Vaccination in Bombay 1856-1862 - 1856-1862
Year: 1856
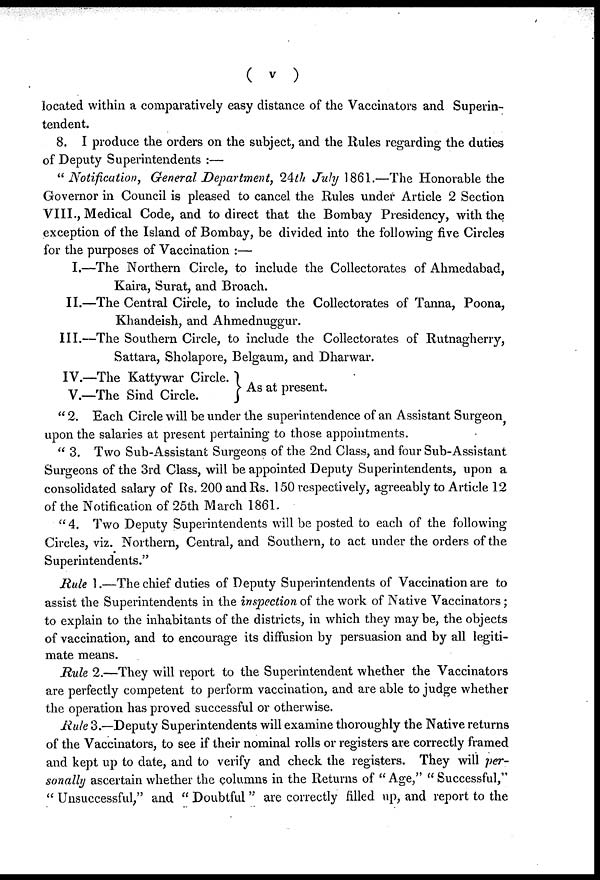
( v )
located within a comparatively easy distance of the Vaccinators and Superin-
tendent.
8. I produce the orders on the subject, and the Rules regarding the duties
of Deputy Superintendents :—
"Notification,
General Department, 24th July 1861.—The Honorable the
Governor in Council is pleased to cancel the Rules under Article 2 Section
VIII., Medical Code, and to direct that the Bombay Presidency, with the
exception of the Island of Bombay, be divided into the following five Circles
for the purposes of Vaccination :—
I.—The Northern Circle, to include the Collectorates of Ahmedabad,
Kaira, Surat, and Broach.
II.—The Central Circle, to include the Collectorates of Tanna, Poona,
Khandeish, and Ahmednuggur.
III.—The Southern Circle, to include the Collectorates of Rutnagherry,
Sattara, Sholapore, Belgaum, and Dharwar.
IV.—The Kattywar Circle. '
V.—The Sind Circle.
As at present.
" 2. Each Circle will be under the superintendence of an Assistant Surgeon,
upon the salaries at present pertaining to those appointments.
" 3. Two Sub-Assistant Surgeons of the 2nd Class, and four Sub-Assistant
Surgeons of the 3rd Class, will be appointed Deputy Superintendents, upon a
consolidated salary of Rs. 200 and Rs. 150 respectively, agreeably to Article 12
of the Notification of 25th March 1861.
" 4. Two Deputy Superintendents will be posted to each of the following
Circles, viz. Northern, Central, and Southern, to act under the orders of the
Superintendents."
Rule 1.—The chief duties of Deputy Superintendents of Vaccination are to
assist the Superintendents in the inspection of the work of Native Vaccinators;
to explain to the inhabitants of the districts, in which they may be, the objects
of vaccination, and to encourage its diffusion by persuasion and by all legiti-
mate means.
Rule 2.—They will report to the Superintendent whether the Vaccinators
are perfectly competent to perform vaccination, and are able to judge whether
the operation has proved successful or otherwise.
Rule 3.—Deputy Superintendents will examine thoroughly the Native returns
of the Vaccinators, to see if their nominal rolls or registers are correctly framed
and kept up to date, and to verify and check the registers. They will per-
sonally ascertain whether the columns in the Returns of "Age," "Successful,"
" Unsuccessful," and " Doubtful " are correctly filled up, and report to the